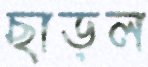
ছাড়ল